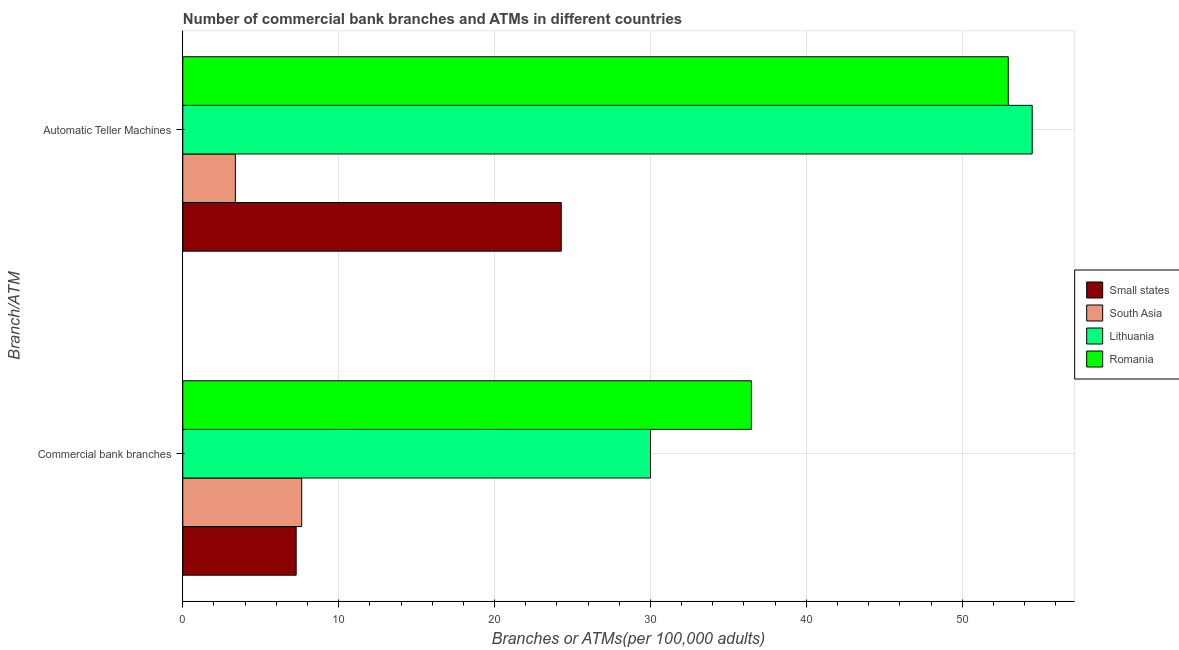
| Branch/ATM | Small states | South Asia | Lithuania | Romania |
 | --- | --- | --- | --- | --- |
 | Commercial bank branches | 7.27 | 7.63 | 30 | 36.5 |
 | Automatic Teller Machines | 24.3 | 3.37 | 54.5 | 53 |